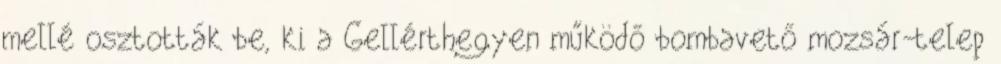
mellé osztották be, ki a Gellérthegyen működő bombavető mozsár-telep